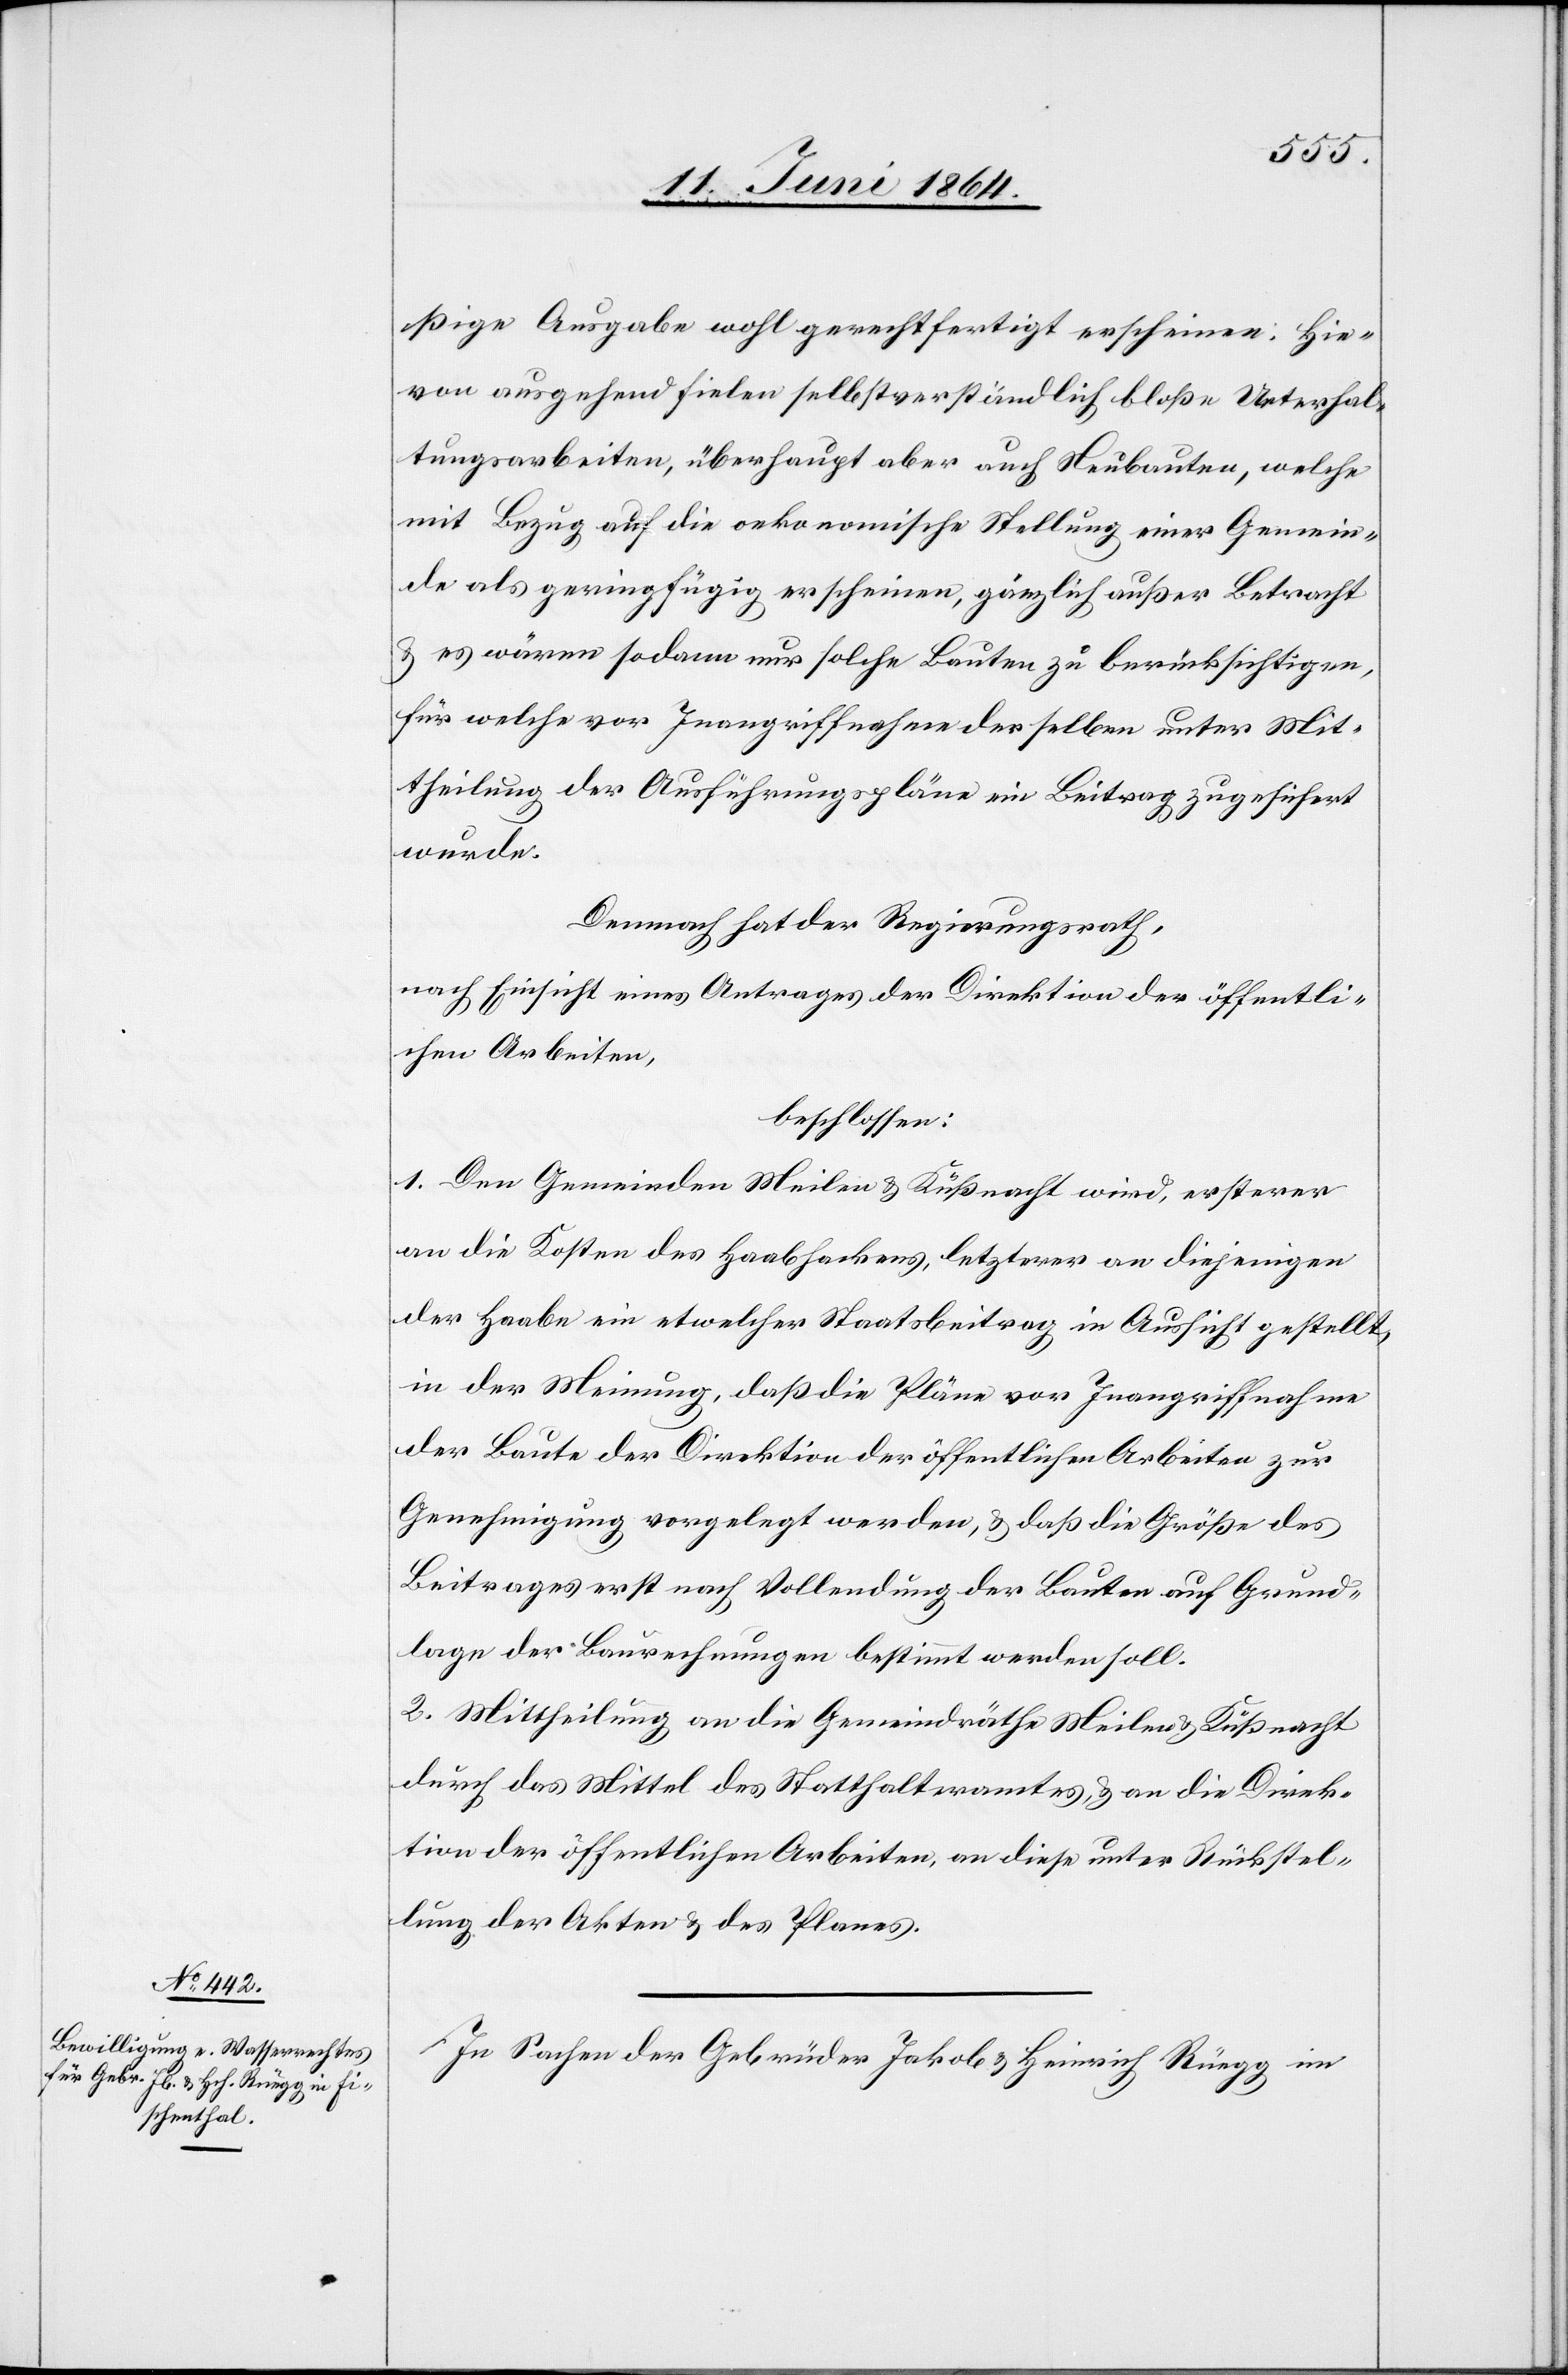
ßige Ausgabe wohl gerechtfertigt erscheinen. Hie¬
von ausgehend finden selbstverständlich bloße Unterhal¬
tungsarbeiten, überhaupt aber auch Neubauten, welche
mit Bezug auf die oekonomische Stellung einer Gemein¬
de als geringfügig erscheinen, gänzlich außer Betracht
u. es wären sodann nur solche Bauten zu berücksichtigen,
für welche vor Inangriffnahme derselben unter Mit¬
theilung der Ausführungspläne ein Beitrag zugesichert
wurde.
Demnach hat der Regierungsrath,
nach Einsicht eines Antrages der Direktion der öffentli¬
chen Arbeiten,
beschlossen:
1. Den Gemeinden Meilen u. Küßnacht wird, ersterer
an die Kosten des Haabhackens, letzterer an diejenigen
der Haabe ein etwelcher Staatsbeitrag in Aussicht gestellt,
in der Meinung, daß die Pläne vor Inangriffnahme
der Baute der Direktion der öffentlichen Arbeiten zur
Genehmigung vorgelegt werden, u. daß die Größe des
Beitrages erst nach Vollendung der Bauten auf Grund¬
lage der Baurechnungen bestimmt werden soll.
2. Mittheilung an die Gemeindräthe Meilen u. Küßnacht
durch das Mittel des Statthalteramtes, u. an die Direk¬
tion der öffentlichen Arbeiten, an diese unter Rückstel¬
lung der Akten u. des Planes.
In Sachen der Gebrüder Jakob u. Heinrich Rüegg im